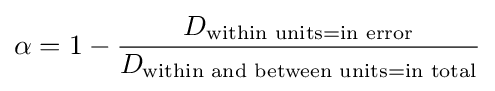
\alpha =1-{\frac {D_{{\text{within units}}={\text{in error}}}}{D_{{\text{within and between units}}={\text{in total}}}}}